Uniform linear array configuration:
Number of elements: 12
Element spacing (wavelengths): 1
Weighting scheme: uniform
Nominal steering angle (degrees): -60
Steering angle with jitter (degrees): -61.763
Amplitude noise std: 0.05
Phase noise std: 0.05

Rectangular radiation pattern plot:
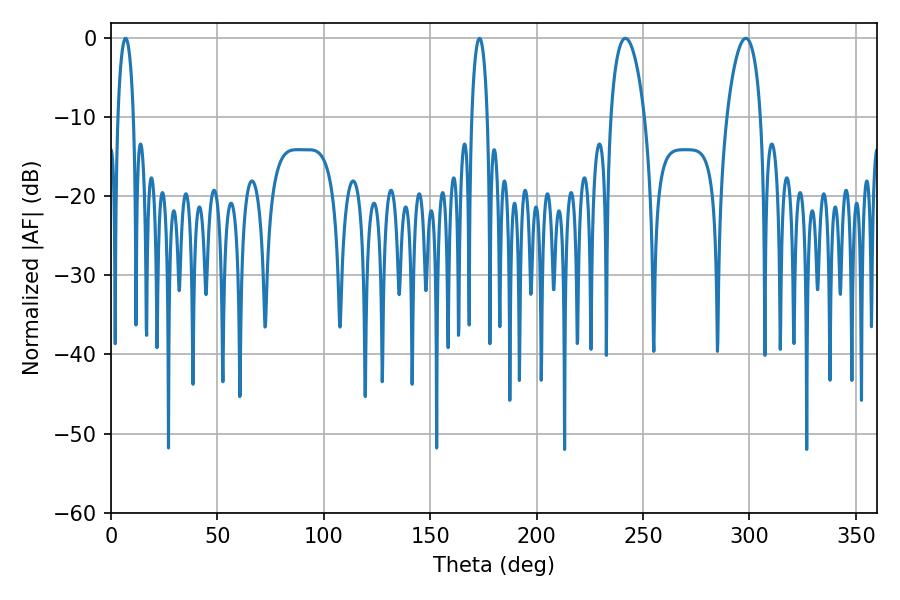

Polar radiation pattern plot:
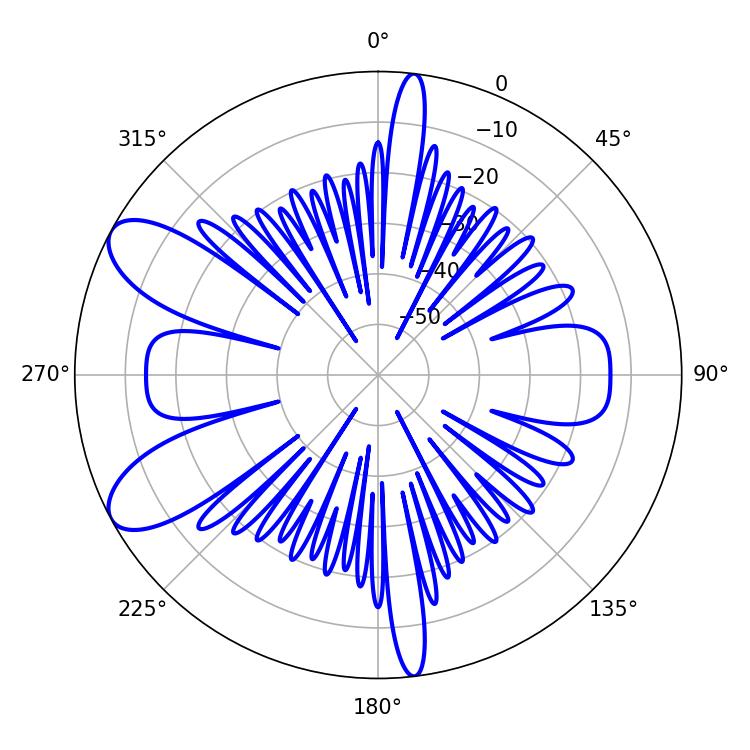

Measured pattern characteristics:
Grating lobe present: TRUE
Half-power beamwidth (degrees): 9
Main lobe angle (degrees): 241.74